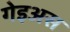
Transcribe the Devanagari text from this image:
गेइअस